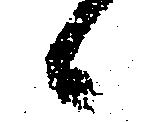
候